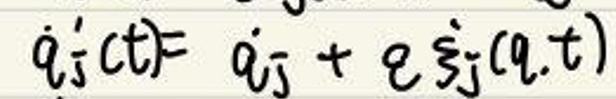
\(\dot{q}_{i}(t)= \dot{q}_{j}+ e^{\xi_{j}(q,t)}\)